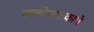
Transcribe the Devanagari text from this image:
कलोपासकाचे